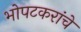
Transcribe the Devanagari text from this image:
भोपटकरांचे